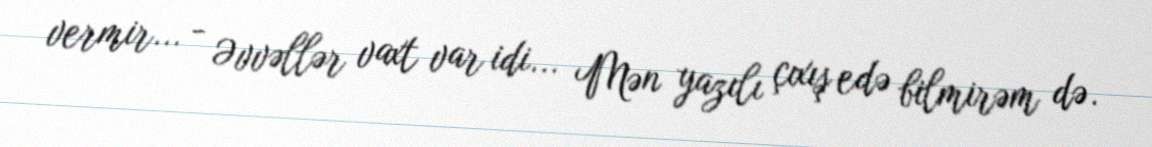
vermir... - Əvvəllər vaxt var idi... Mən yazılı çıxış edə bilmirəm də.